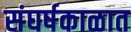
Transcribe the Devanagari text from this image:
संघर्षकाळात